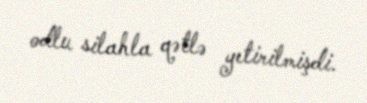
odlu silahla qətlə yetirilmişdi.